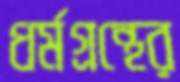
ধর্মগ্রন্থের